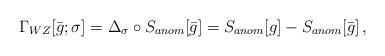
LaTeX: \begin{align*}\Gamma_{WZ}[\bar g;\sigma] = \Delta_{\sigma}\circ S_{anom}[\bar g]= S_{anom}[g] - S_{anom}[\bar g]\,,\end{align*}